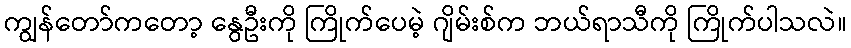
ကျွန်တော်ကတော့ နွေဦးကို ကြိုက်ပေမဲ့ ဂျိမ်းစ်က ဘယ်ရာသီကို ကြိုက်ပါသလဲ။